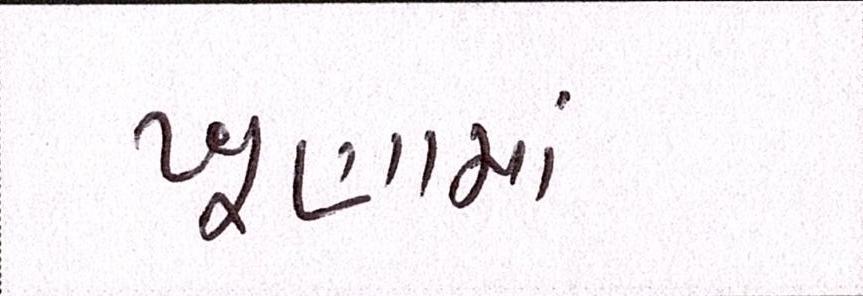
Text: ખૂણામાં